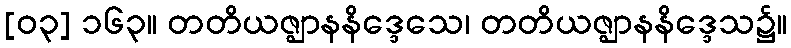
[၀၃] ၁၆၃။ တတိယဇ္ဈာနနိဒ္ဒေသေ၊ တတိယဇ္ဈာနနိဒ္ဒေသ၌။